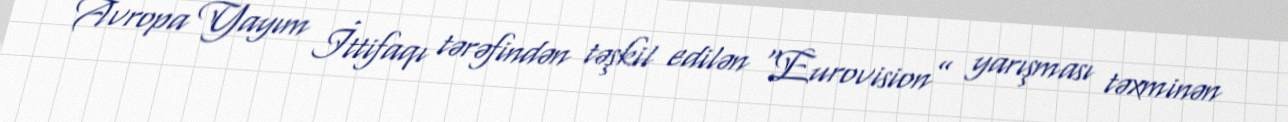
Avropa Yayım İttifaqı tərəfindən təşkil edilən “Eurovision” yarışması təxminən